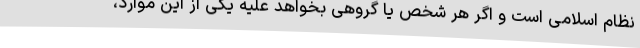
نظام اسلامی است و اگر هر شخص یا گروهی بخواهد علیه یکی از این موارد،